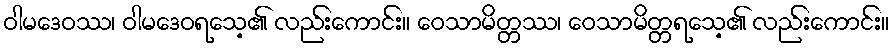
ဝါမဒေဝဿ၊ ဝါမဒေဝရသေ့၏ လည်းကောင်း။ ဝေသာမိတ္တဿ၊ ဝေသာမိတ္တရသေ့၏ လည်းကောင်း။